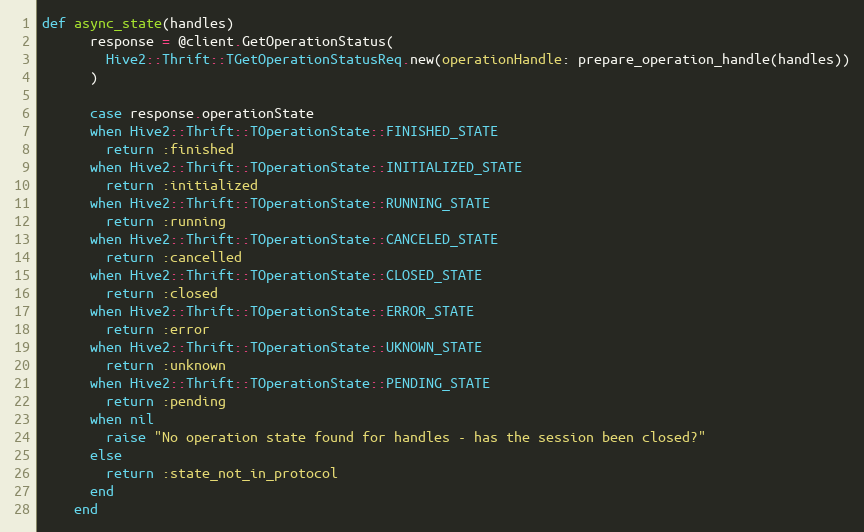
Language: Ruby
def async_state(handles)
      response = @client.GetOperationStatus(
        Hive2::Thrift::TGetOperationStatusReq.new(operationHandle: prepare_operation_handle(handles))
      )

      case response.operationState
      when Hive2::Thrift::TOperationState::FINISHED_STATE
        return :finished
      when Hive2::Thrift::TOperationState::INITIALIZED_STATE
        return :initialized
      when Hive2::Thrift::TOperationState::RUNNING_STATE
        return :running
      when Hive2::Thrift::TOperationState::CANCELED_STATE
        return :cancelled
      when Hive2::Thrift::TOperationState::CLOSED_STATE
        return :closed
      when Hive2::Thrift::TOperationState::ERROR_STATE
        return :error
      when Hive2::Thrift::TOperationState::UKNOWN_STATE
        return :unknown
      when Hive2::Thrift::TOperationState::PENDING_STATE
        return :pending
      when nil
        raise "No operation state found for handles - has the session been closed?"
      else
        return :state_not_in_protocol
      end
    end